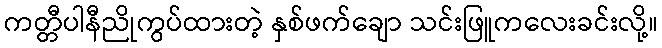
ကတ္တီပါနီညိုကွပ်ထားတဲ့ နှစ်ဖက်ချော သင်းဖြူကလေးခင်းလို့။